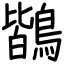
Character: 鶛